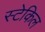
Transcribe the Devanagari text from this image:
स्टेकिल